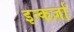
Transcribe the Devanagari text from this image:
इन्कर्ज़ा